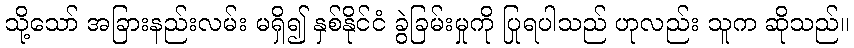
သို့သော် အခြားနည်းလမ်း မရှိ၍ နှစ်နိုင်ငံ ခွဲခြမ်းမှုကို ပြုရပါသည် ဟုလည်း သူက ဆိုသည်။